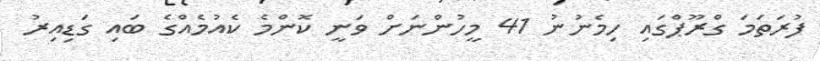
ފުރަތަމަ ގްރޫޕްގައި ހިމެނުނު 41 މީހުންނަށް ވަނީ ކޮންމެ ކެއުމެއްގެ ބައި ގަޑިއިރު